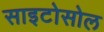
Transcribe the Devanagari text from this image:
साइटोसोल